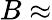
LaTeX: B\approx